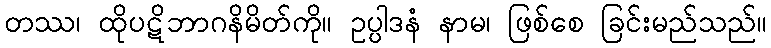
တဿ၊ ထိုပဋိဘာဂနိမိတ်ကို။ ဥပ္ပါဒနံ နာမ၊ ဖြစ်စေ ခြင်းမည်သည်။